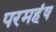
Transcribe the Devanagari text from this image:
परमहंष